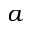
a